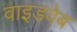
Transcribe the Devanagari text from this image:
वाइडवेब